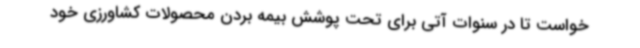
خواست تا در سنوات آتی برای تحت پوشش بیمه بردن محصولات کشاورزی خود